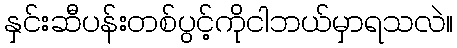
နှင်းဆီပန်းတစ်ပွင့်ကိုငါဘယ်မှာရသလဲ။